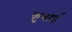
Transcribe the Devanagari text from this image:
कुचार्इ